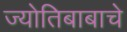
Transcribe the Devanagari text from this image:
ज्योतिबाबाचे